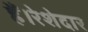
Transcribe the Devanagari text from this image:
हैं।रेशेदार